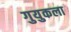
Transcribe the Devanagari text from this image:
गुयुकला